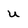
Character: U